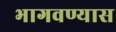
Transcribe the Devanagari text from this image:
भागवण्यास